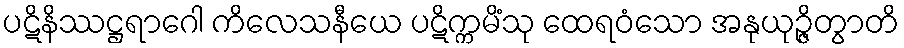
ပဋိနိဿဋ္ဌရာဂေါ ကိလေသနီယေ ပဋိက္ကမိံသု ထေရဝံသော အနုယုဉ္ဇိတွာတိ